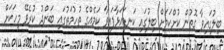
ބިލުގައިވާ ގޮތުން ކުށްކަމަށް ބިލުގައި ކަނޑައަޅާފައިވާ ކަމެއްގެ ތުހުމަތުގައި ބަންދު ކުރެވޭ މީހަކަށް